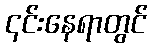
၎င်းနေရာတွင်